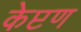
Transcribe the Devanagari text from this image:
केप्टण